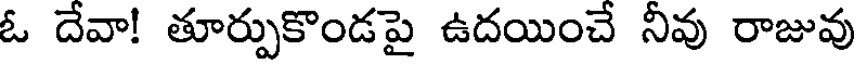
ఓ దేవా! తూర్పుకొండపై ఉదయించే నీవు రాజువు